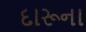
દારૂના